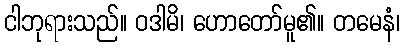
ငါဘုရားသည်။ ဝဒါမိ၊ ဟောတော်မူ၏။ တမေနံ၊